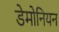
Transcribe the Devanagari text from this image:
डेमोनियन